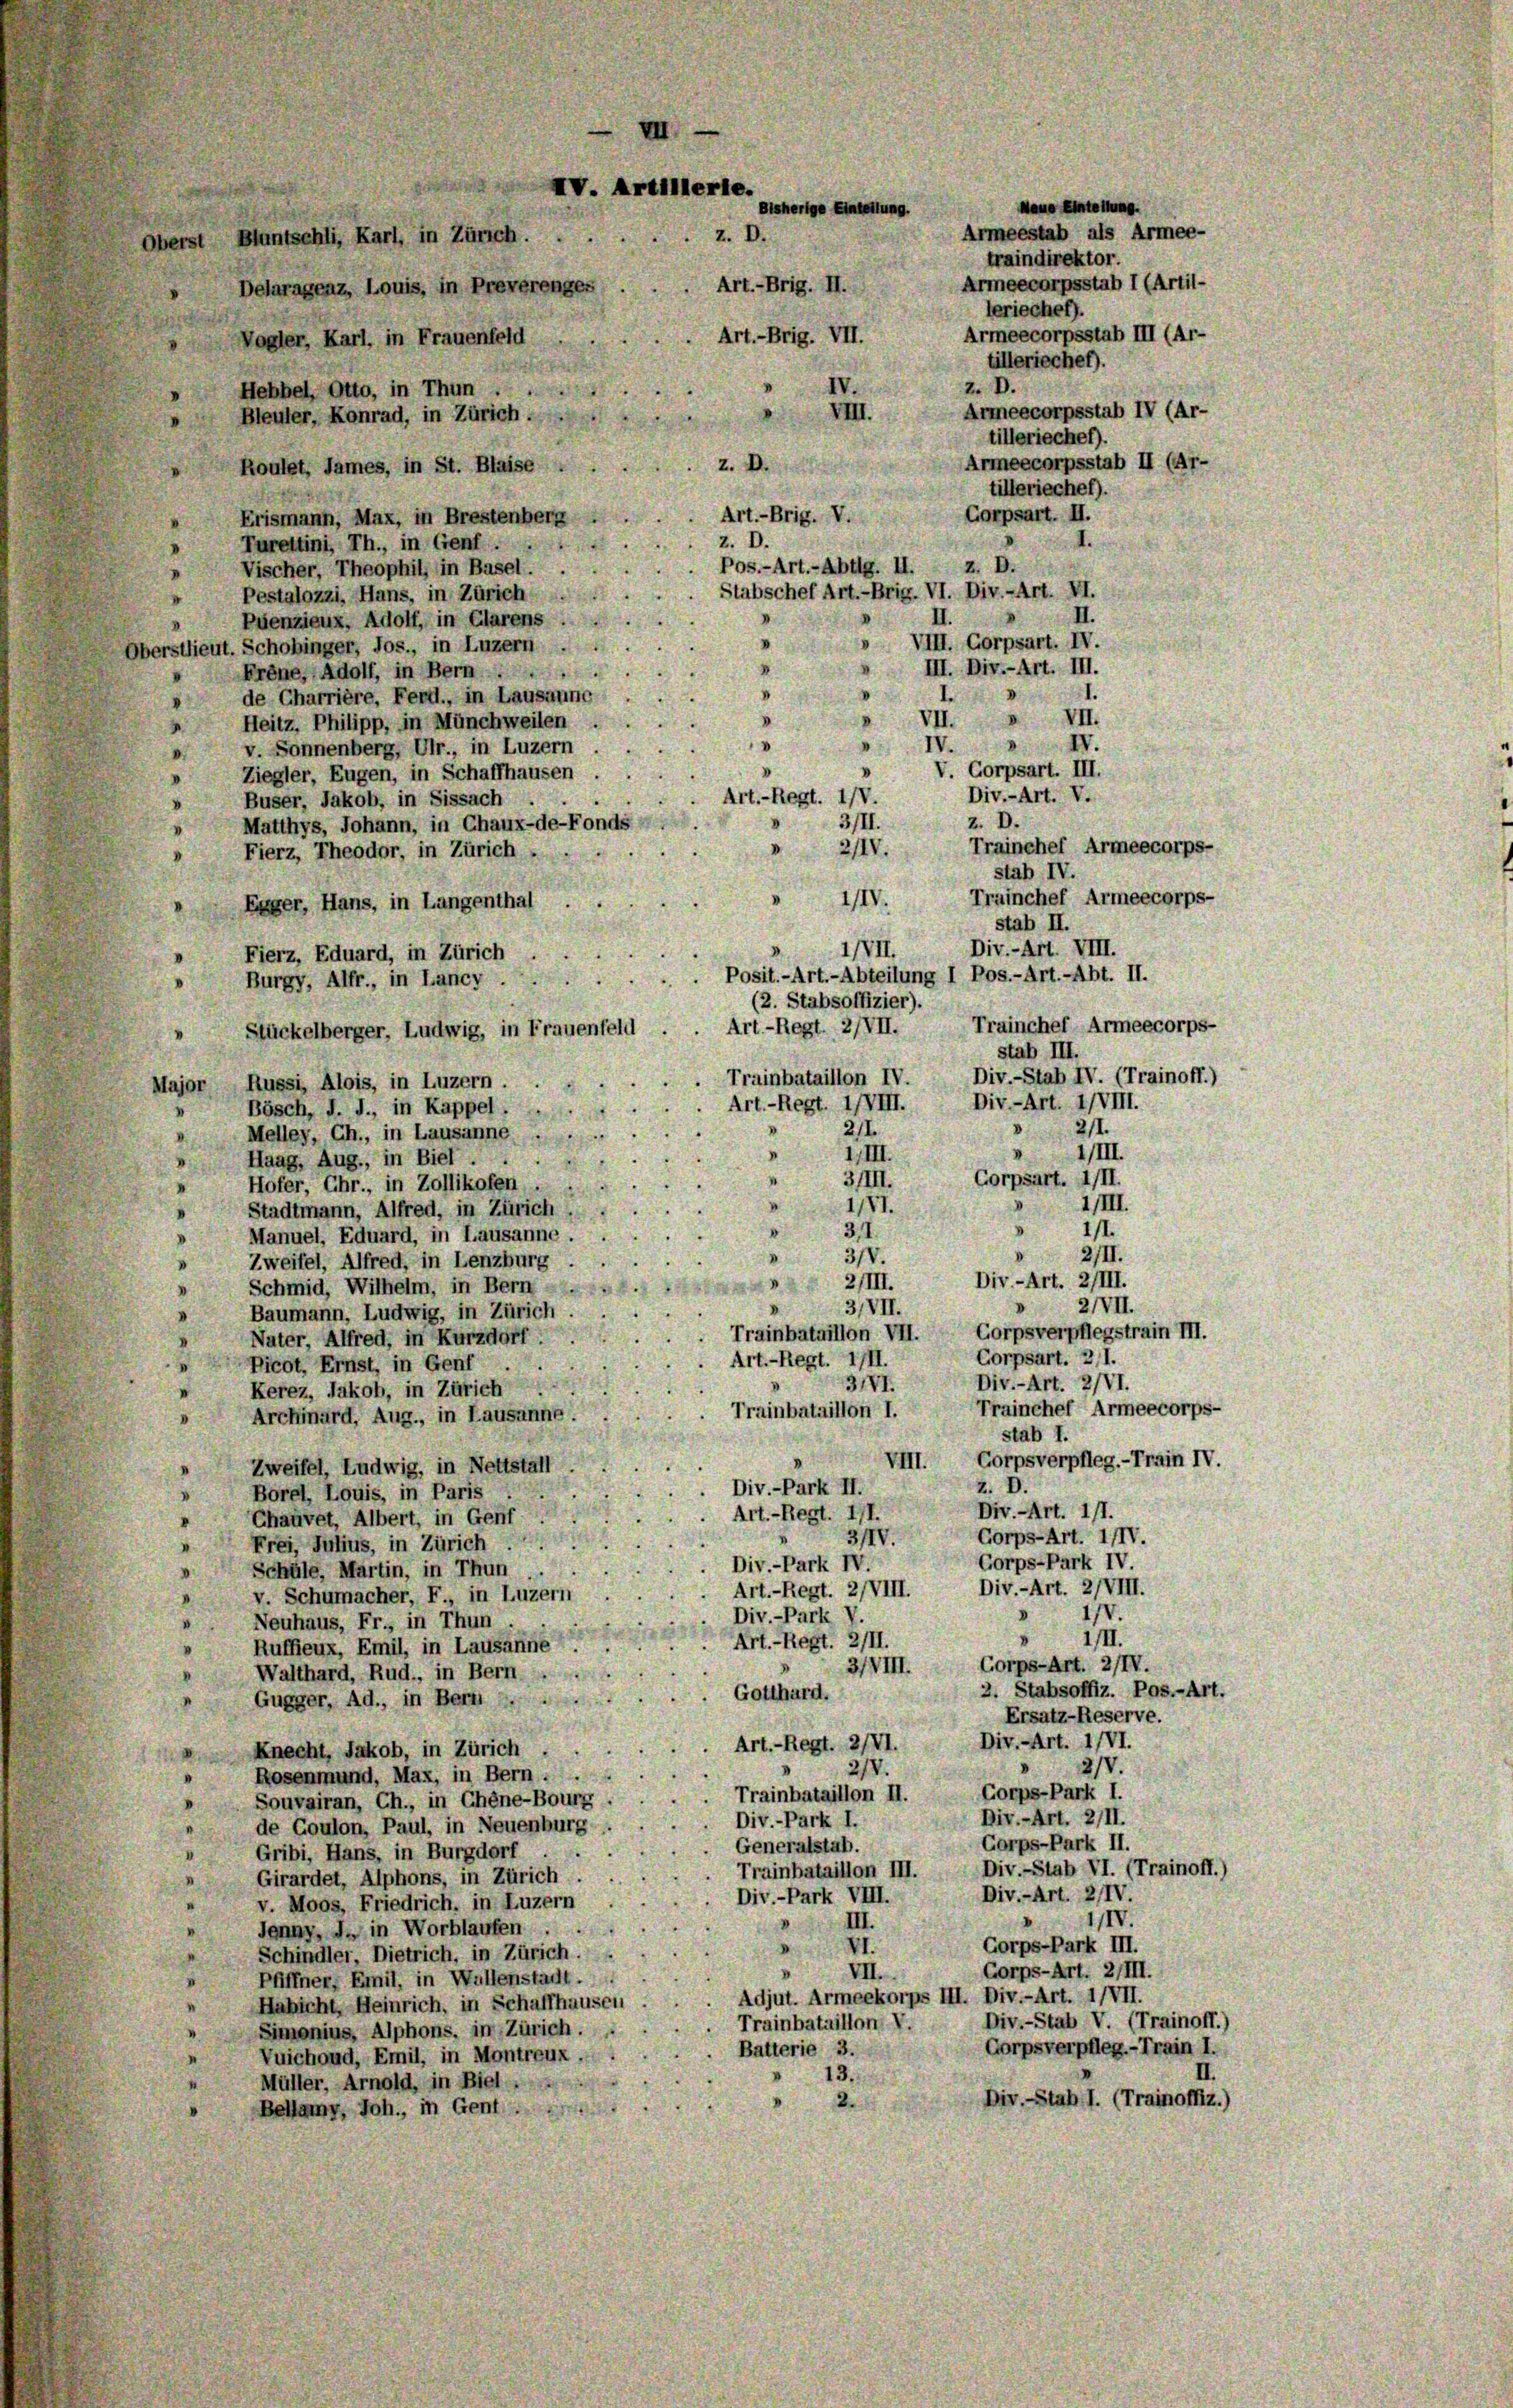
XV. Artillerle.
Oberst Bluntschli, Karl, in Zürich.

2.
Art. - Brig. II.
Art.-Brig. VII.

Bisherige Einteilung

Delaragenz, Louis, in Preverenge
Vogler, Karl, in Frauenfeld
Hebbel, Otto, in Thun
III
Bleuler, Konrad, in Zürich.
Armeecorpsstab II (Ar-
. D.
Roulst, James, in St. Blaise
tilleriecher).
d
Corpsart. II.
Art.-Brig. V.
Erismann, Max, in Brestenberg
z. D.
d
Turettini, Th., in Genf.
I.
Pos.-Art.-Abtlg. II. z. D.
Vischer, Theophil, in Basel.
Stabschef Art.-Brig. VI. Div.-Art. VI.
Pestalozzi, Hans, in Zürich
II.
II.
Puenzieux, Adolf, in Glarus . .
VIII. Corpsart. IV.
Oberstlieut. Schobinger, Jos., in Luzern
III. Div.-Art. III.
Frene, Adolf, in Bern...
D
I.
de Charrière, Fertl., in Lausanne
VII. » VII.
Heitz, Philipp, in Münchweilen
IV.
IV.
v. Sonnenberg, Ulr., in Luzern
.
.
V. Corpsart. III.
Ziegler, Eugen, in Schaffhausen
Div.-Art. V.
Art.-Regt. IV.
Buser, Jakob, in Sissach . .
3/II.
z. D.
Matthys, Johann, in Chaux-de-Fonds
Trainchef Armeecorps-
2IIV.
Fierz, Theodor, in Zürich
stab IV.
Trainchef Armeecorps-
IIV.
Egger, Hans, in Langenthal
stab II.
Div.-Art. VIII.
IVII.
Fierz, Eduard, in Zürich
Posit.-Art.-Abteilung I Pos.-Art.-Abt. II.
Burgy, Alfr., in Lancy
(2. Stabsoffizier).
Trainchef Armeecorps-
Art. - Regt. 2/VII.
Stückelberger, Ludwig, in Frauenfeld
stab III.
Div.-Stab IV. (Trainoff.)
Trainbataillon IV.
Major Russi, Alois, in Luzern
Div.-Art. IIVIII.
Art. - Regt. IIVIII.
Bösch, d. J., in Kappel.
 211.
2/1.
Melley, Ch., in Lausanne
IIII.
IIII.
Haag, Aug., in Biel . .
Corpsart. III.
3/III.
Hofer, Chr., in Zollikofen
1/III.
1/71.
d
Stadtmann, Alfred, in Zürich
ist.
31.
.
Manuel, Eduard, in Lausanne
2II.
3/V.
Zweifel, Alfred, in Lenzburg
Div.-Art. 2/III.
2/III.
Schmid, Wilhelm, in Bern
» 2/VII.
3/VII.
Baumann, Ludwig, in Zürich.
Trainbataillon VII. Corpsverpflegstrain III.
Nater, Alfred, in Kurzdorf
Corpsart. 211.
Art.-Regt. III.
Picot, Ernst, in Genf
Div.-Art. 2/VI.
3/VI.
Kerez, Jakob, in Zürich
Trainchef Armeecorps-
Trainbataillon I.
Archinard, Aug., in Lausanne
stab 1.
VIII. Corpsverpfleg.-Train IV.
Zweifel, Ludwig, in Nettstall
z. D.
Div.-Park II.
Borel, Louis, in Paris
Div.-Art. 111.
Art. - Regt. III.
Chauvet, Albert, in Genf
Gorps-Art. IIIV.
3IV.
Frei, Julius, in Zürich
Corps-Park IV
Div-Park IV.
Schüle, Martin, in Thun
Div.-Art. 2/VIII.
Art.-Regt. 2/VIII.
v. Schumacher, F., in Luzern
 1/
Div.-Park V.
Neuhaus, Fr., in Thun
IIII.
Art. - Regt. 2/II.
Ruffieux, Emil, in Lausanne
Corps-Art. 2/IV.
3/VIII.
Walthard, Rud., in Bern
2. Stabsoffiz. Pos.-Art.
Totthard.
Gugger, Ad., in Bern
Ersatz-Reserve.
Div.-Art. 1/VI.
Art. - Regt. 2/VI
Knecht, Jakob, in Zürich
2/V.
2/V.
Rosenmund, Max, in Bern
Corps-Park I.
Trainbataillon II.
Souvairan, Ch., in Chene-Bourg
Div.-Art. 2/II.
Div.-Park I.
de Coulon, Paul, in Neuenburg
Corps-Park II.
Generalstab.
Gribi, Hans, in Burgdorf
Div.-Stab VI. (Trainoff.)
Trainbataillon III.
Girardet, Alphons, in Zürich
Div.-Art. 2/IV.
Div.-Park VIII.
v. Moos, Friedrich, in Luzern
IIV.
III.
Jenny, J. in Worblaufen.
Corps-Park III.
Schindler, Dietrich, in Zürich.
Corps-Art. 2/III.
VII.
D
Pfiffner, Emil, in Wallenstadt.
Adjut. Armeekorps III. Div.-Art. 1/VII.
Habicht, Heinrich, in Schaffhausen
Div.-Stab V. (Trainoff.)
Trainbataillon, V.
Simonius, Alphons. in Zürich.
Gorpsverpfleg. - Train I.
Batterie 3.
Vuichoud, Emil, in Montreux
13.
Müller, Arnold, in Biel
2.
Div.-Stah I. (Trainoffiz.)
Bellany, Joh., in Gent.

Maus Eintellun
Armeestab als Armee-
traindirektor.
Armeecorpsstab I (Artil-
leriechef).
Armeecorpsstab III (Ar-
tilleriecher).
z. D.
Armeecorpsstab IV (Ar-
tilleriecher).